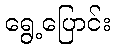
ရွေ့ပြောင်း